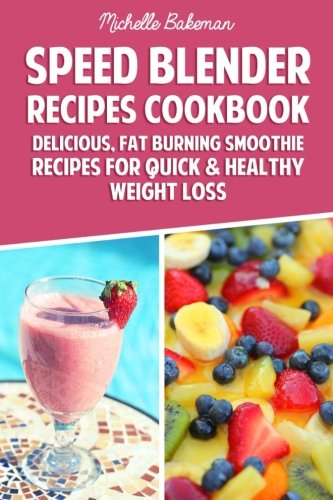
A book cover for Speed Blender Recipes Cookbook: Delicious, Fat Burning Smoothie Recipes for Quick & Healthy Weight Loss; Michelle Bakeman; Cookbooks, Food & Wine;